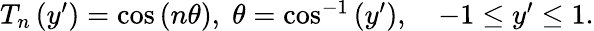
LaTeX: \begin{array}{r}{T_{n}\left(y^{\prime}\right)=\cos\left(n\theta\right),\; \theta=\cos^{-1}\left(y^{\prime}\right),\quad-1\leq y^{\prime}\leq 1.}\end{array}